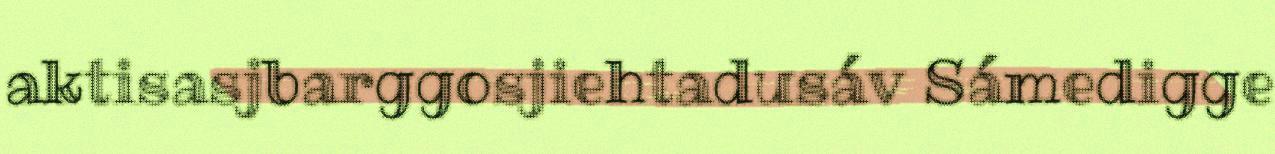
aktisasjbarggosjiehtadusáv Sámedigge